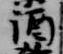
酒